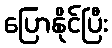
ပြောနိုင်ပြီး